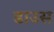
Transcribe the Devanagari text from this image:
डाउस